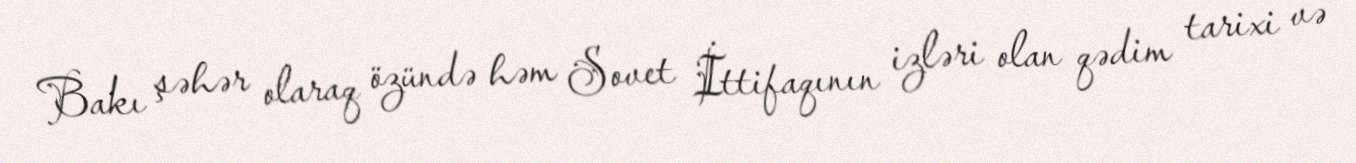
Bakı şəhər olaraq özündə həm Sovet İttifaqının izləri olan qədim tarixi və